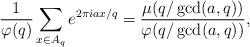
LaTeX: \begin{align*}\frac{1}{ \varphi(q)} \sum_{x \in A_q} e^{2\pi i a x / q} = \frac{\mu(q/\gcd(a, q))}{\varphi(q/\gcd(a, q))},\end{align*}